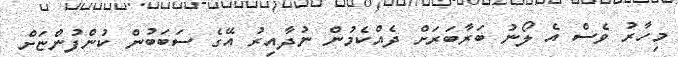
މިހާރު ވެސް އެ ލޯނު ބަރާބަރަށް ދެއްކެމުން ނުދާއިރު އޭގެ ސަބަބުން ކުންފުންޏަށް